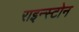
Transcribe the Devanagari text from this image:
राइन्स्टोन